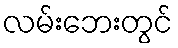
လမ်းဘေးတွင်